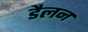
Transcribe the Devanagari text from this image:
डैलन